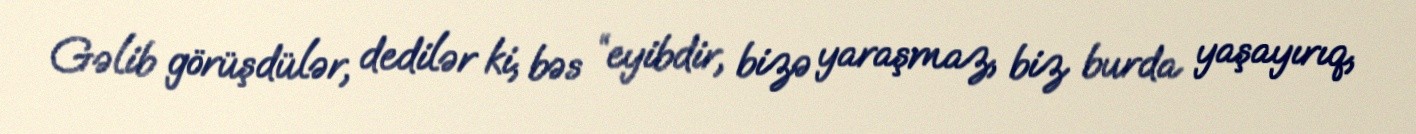
Gəlib görüşdülər, dedilər ki, bəs “eyibdir, bizə yaraşmaz, biz burda yaşayırıq,